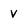
Character: v